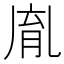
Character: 𦚯